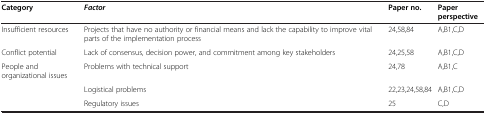
<table><thead><tr><td><b>Category</b></td><td><b><i>Factor</i></b></td><td><b>Paper no.</b></td><td><b>Paper perspective</b></td></tr></thead><tbody><tr><td>Insufficient resources</td><td>Projects that have no authority or financial means and lack the capability to improve vital parts of the implementation process</td><td>24,58,84</td><td>A,B1,C,D</td></tr><tr><td>Conflict potential</td><td>Lack of consensus, decision power, and commitment among key stakeholders</td><td>24,25,58</td><td>A,B1,C,D</td></tr><tr><td>People and organizational issues</td><td>Problems with technical support</td><td>24,78</td><td>A,B1,C</td></tr><tr><td> </td><td>Logistical problems</td><td>22,23,24,58,84</td><td>A,B1,C,D</td></tr><tr><td> </td><td>Regulatory issues</td><td>25</td><td>C,D</td></tr></tbody></table>